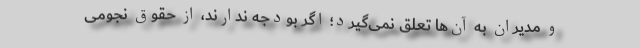
و مدیران به آن‌ها تعلق نمی‌گیرد؛ اگر بودجه ندارند، از حقوق نجومی